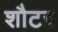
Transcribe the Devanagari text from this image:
शौटर